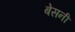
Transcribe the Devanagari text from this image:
बेसनी